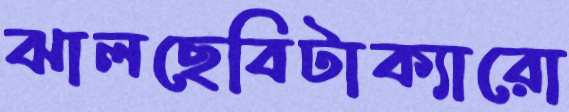
ঝালছেবিটাক্যারো